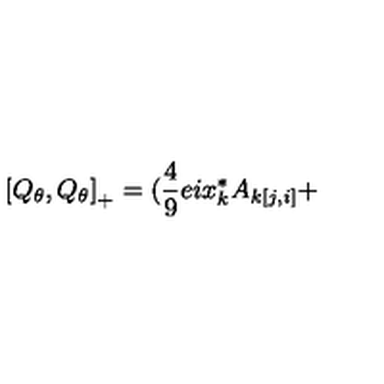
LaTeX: \left[ Q _ { \theta } , Q _ { \theta } \right] _ { + } = ( \frac { 4 } { 9 } e i x _ { k } ^ { * } A _ { k [ j , i ] } +